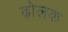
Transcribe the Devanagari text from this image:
ढ़ोलक